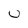
Character: U